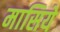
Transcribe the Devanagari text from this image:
मासिये